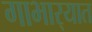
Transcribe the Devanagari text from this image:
गाभार्‍यात